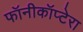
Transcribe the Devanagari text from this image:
फॉनीकॉप्टेरा